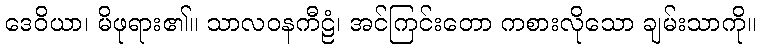
ဒေဝိယာ၊ မိဖုရား၏။ သာလဝနကီဠံ၊ အင်ကြင်းတော ကစားလိုသော ချမ်းသာကို။